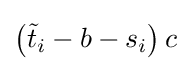
\left({\tilde {t}}_{i}-b-s_{i}\right)c